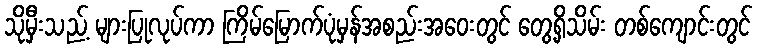
သိုမှီးသည့် များပြုလုပ်ကာ ကြိမ်မြောက်ပုံမှန်အစည်းအဝေးတွင် တွေ့ရှိသိမ်း တစ်ကျောင်းတွင်